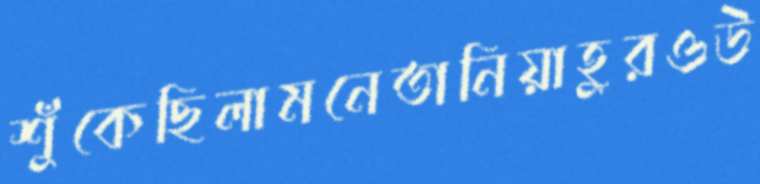
শুঁকেছিলামনেতানিয়াহুরওউ